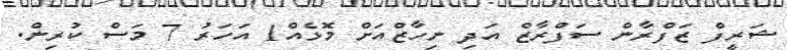
ޝަރީފް ޒަފްރާން ސަފްރާޒް އަދި ނިހާޒްއަށް މޮޅެއް1 އަހަރު 7 މަސް ކުރިން.